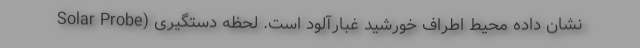
Solar Probe) نشان داده محیط اطراف خورشید غبارآلود است. لحظه دستگیری